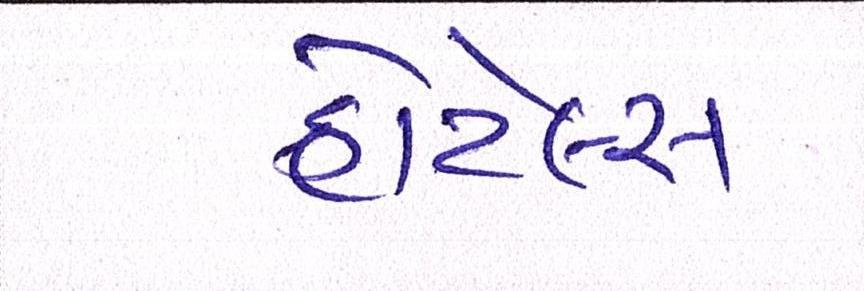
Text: હોટેલ્સ